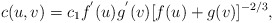
\begin{align*}c(u,v)=c_1f^{'}(u)g^{'}(v)[f(u)+g(v)]^{-2/3},\end{align*}